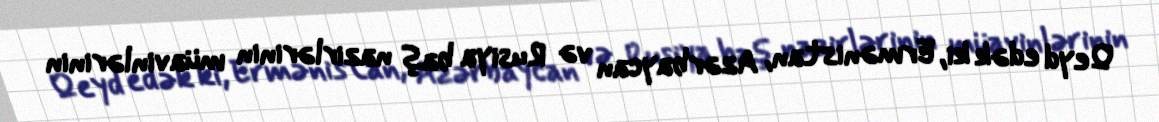
Qeyd edək ki, Ermənistan, Azərbaycan və Rusiya baş nazirlərinin müavinlərinin